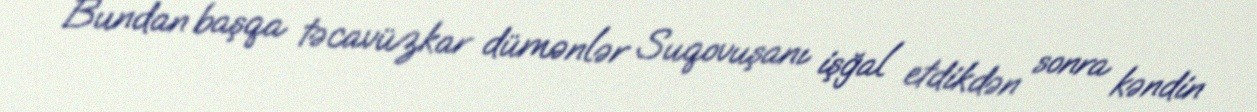
Bundan başqa təcavüzkar dümənlər Suqovuşanı işğal etdikdən sonra kəndin